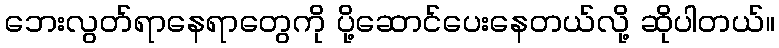
ဘေးလွတ်ရာနေရာတွေကို ပို့ဆောင်ပေးနေတယ်လို့ ဆိုပါတယ်။